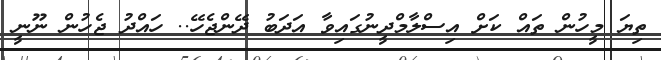
ތިޔަ މީހުން ތައް ކަށް އިސްލާމްދީނުގައިވާ އަދަބު ދޭންޖެހޭ.. ހައްދު ޖެހުން ނޫނީ